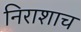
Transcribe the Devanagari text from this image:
निराशाच